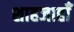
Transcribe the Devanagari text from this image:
शाहजाहाँ